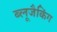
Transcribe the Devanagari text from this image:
ब्लूजैकिंग